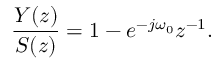
{ \frac { Y ( z ) } { S ( z ) } } = 1 - e ^ { - j \omega _ { 0 } } z ^ { - 1 } .